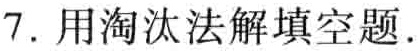
7. 用淘汰法解填空题.